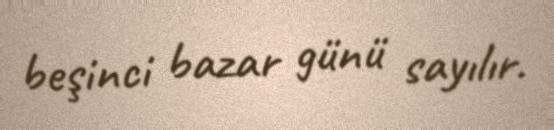
beşinci bazar günü sayılır.